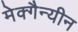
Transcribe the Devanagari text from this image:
मेक्गैन्यीन